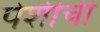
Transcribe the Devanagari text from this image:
पेशीँची